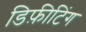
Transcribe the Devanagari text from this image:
डिफ़ीटिंग